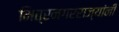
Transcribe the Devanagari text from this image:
मित्रनगरराज्यांनी